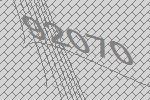
92070